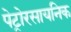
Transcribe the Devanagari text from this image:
पेट्रोरसायनिक